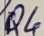
Text: Q4